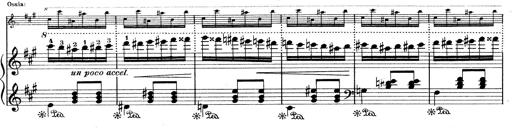
Title: Mephisto Waltz No.1
Composer: Franz Liszt